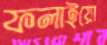
ফলাইয়ো